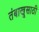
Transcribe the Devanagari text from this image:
तंबाखूसाठी